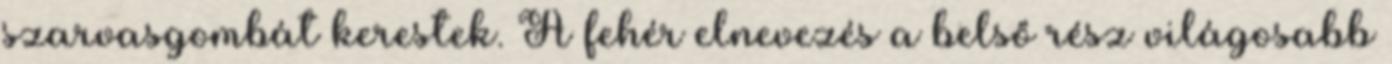
szarvasgombát kerestek. A fehér elnevezés a belső rész világosabb